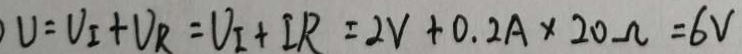
V = V _ { I } + V _ { R } = V _ { I } + I R = 2 V + 0 . 2 A \times 2 0 \Omega = 6 V